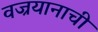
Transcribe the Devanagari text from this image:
वज्रयानाची